Lunatic asylums Punjab 1895-1910 - 1895-1910
Year: 1895
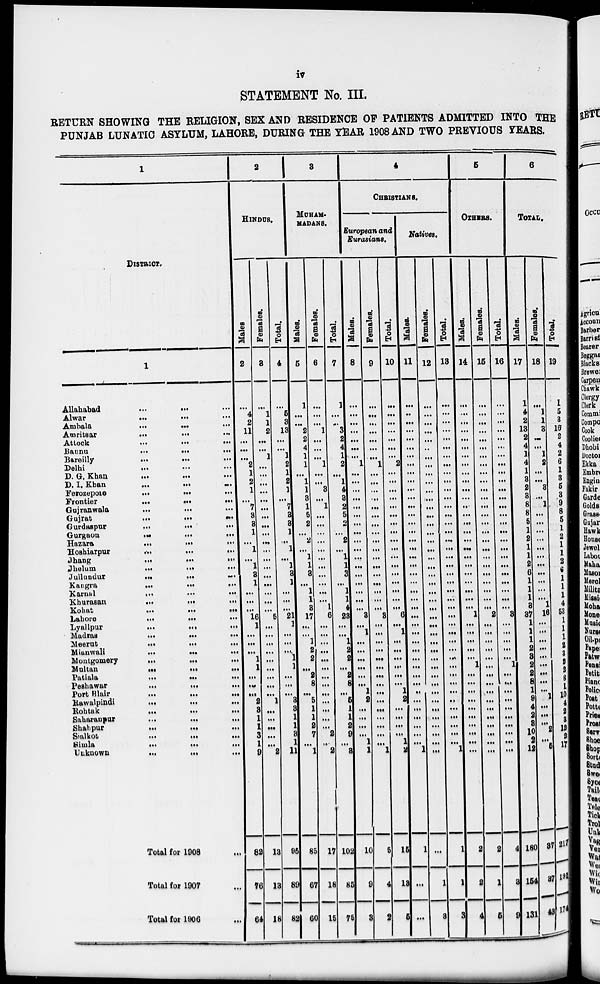
iv
STATEMENT No. III.
RETURN SHOWING THE RELIGION, SEX AND RESIDENCE OF PATIENTS ADMITTED INTO THE
PUNJAB LUNATIC ASYLUM, LAHORE, DURING THE YEAR 1908 AND TWO PREVIOUS YEARS.
1
DISTRICT.
1
Allahabad
...
...
...
Alwar
...
...
...
Ambala
...
...
...
Amritsar
...
...
...
Attock
...
...
...
Bannu
...
...
...
Bareilly
...
...
...
Delhi
...
...
...
D. G. Khan ... ... ...
D. I. Khan
...
...
...
Ferozepore
...
...
...
Frontier
...
...
...
Gujranwala
...
...
...
Gujrat
...
...
...
Gurdaspur
...
...
...
Gurgaon
...
...
...
Hazara
...
...
...
Hoshiarpur
...
...
...
Jhang
...
...
...
Jhelum
...
...
...
Jullundur
...
...
...
Kangra
...
...
...
Karnal
...
...
...
Khurasan
...
...
...
Kohat
...
...
...
Lahore
...
...
...
Lyallpur
...
...
...
Madras
...
...
...
Meerut
...
...
...
Mianwali
...
...
...
Montgomery
...
...
...
Multan
...
...
...
Patiala
...
...
...
Peshawar
...
...
...
Port Blair
...
...
...
Rawalpindi
...
...
...
Rohtak
...
...
...
Saharanpur
...
...
...
Shahpur
...
... ...
Sialkot
...
...
...
Simla
...
...
...
Uuknown
...
...
...
Total for 1908 ...
Total for 1907 ...
Total for 1906 ...
2
HINDUS.
Males
2
...
4
2
11
...
...
...
2
1
2
1
...
7
3
3
1
...
1
...
1
3
1
...
...
...
16
1
...
...
...
1
1
...
...
...
2
3
1
1
3
1
9
82
76
64
Females.
3
...
1
1
2
...
...
1
...
...
...
...
...
...
...
...
...
...
...
...
...
...
...
...
...
...
5
...
...
...
...
...
...
...
...
...
1
...
...
...
...
...
2
13
13
18
Total.
4
...
5
3
13
...
...
1
2
1
2
1
...
7
3
3
1
...
1
...
1
3
1
...
...
...
21
1
...
...
....
1
1
...
...
...
3
3
1
1
3
1
11
95
89
82
3
MUHAM-
MADANS.
Males.
5
1
...
...
2
2
4
1
1
...
1
1
3
1
5
2
...
2
...
1
1
3
...
1
1
3
17
...
...
1
2
2
...
2
8
...
5
1
3
2
7
...
1
85
67
60
Females.
6
...
...
...
1
...
...
...
1
...
...
3
...
1
...
...
...
...
...
...
...
...
...
...
...
1
6
...
...
...
...
...
...
...
...
...
...
...
...
2
...
2
17
18
15
Total.
7
1
...
...
3
2
4
1
2
...
1
4
3
2 5 2
...
2
...
1
1
3
...
1
1
4
23
...
...
1
2
2
...
2
8
...
5
1
1
2
9
...
3
102
85
75
4
CHRISTIANS.
European and
Eurasians.
Males.
8
...
...
...
...
...
...
...
1
...
...
...
...
...
...
...
...
...
...
...
...
...
...
...
...
...
3
...
1
...
...
...
...
...
...
1
2
...
...
...
...
1
1
10
9
3
Females.
9
...
...
...
...
...
...
...
1
...
...
...
...
...
...
...
...
...
...
...
...
...
...
...
...
...
3
...
...
...
...
...
...
...
...
...
...
...
...
...
...
...
1
5
4
2
Total.
10
...
...
...
...
...
...
...
2
...
...
...
...
...
...
...
...
...
...
...
...
...
...
...
...
...
6
...
1
...
...
...
...
...
...
1
2
...
...
...
...
1
2
15
13
5
Natives.
Males.
11
...
..
...
...
...
...
...
...
...
...
...
...
...
...
...
...
...
...
...
...
...
...
...
...
...
...
...
...
...
...
...
...
...
...
...
...
...
...
...
...
1
1
...
...
Females.
12
...
...
...
...
...
...
...
...
...
...
...
...
...
...
...
...
...
...
...
...
...
...
...
...
...
...
...
...
...
...
...
...
...
...
...
...
...
...
...
...
...
1
3
Total.
13
...
...
...
...
...
...
...
...
...
...
...
...
...
...
...
...
...
...
...
...
...
...
...
...
...
...
...
...
...
...
...
...
...
...
...
...
...
...
...
...
...
1
1
1
3
5
OTHERS.
Males.
14
...
...
...
...
...
...
...
...
...
...
...
...
...
...
...
...
...
...
...
...
...
...
...
...
...
1
...
...
...
...
...
1
...
...
...
...
...
...
...
...
...
...
2
2
4
Females.
15
...
...
...
...
...
...
...
...
...
...
...
...
...
...
...
...
...
...
...
...
...
...
...
...
...
2
...
...
...
...
...
...
...
...
...
...
...
...
...
...
...
...
2
1
5
Total.
16
...
...
...
...
...
...
...
...
...
...
...
...
...
...
...
...
...
...
...
...
...
...
...
...
3
...
...
...
...
...
1
...
...
...
...
...
...
...
...
...
...
4
3
9
6
TOTAL.
Males.
17
1
4
2
13
2
4
1
4
1
3
2
3
8
8
5
1
2
1
1
2
6
1
1
1
3
37
1
1
1
2
3
2
2
8
1
9
4
2
3
10
2
12
180
154
131
Females.
18
...
1
1
3
...
...
1
2
...
...
3
...
1
...
...
...
...
...
....
...
...
...
...
...
1
16
...
...
...
...
...
...
...
...
...
1
...
...
...
2
...
5
37
37
43
Total.
19
1
5
3
16
2
4
2
6
1
3 5
3
9
8
5
1
2
1
1
2
6
1
1
1
4
53
1
1
1
2
3
2
2
8
1
10
4
2
3
12
2
17
217
191
174